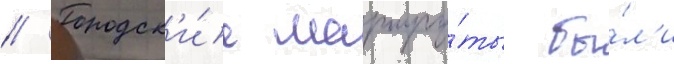
// Городск'и́е маршру́ты бы́л'и